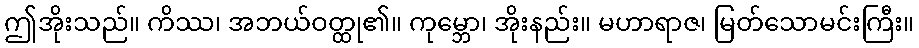
ဤအိုးသည်။ ကိဿ၊ အဘယ်ဝတ္ထု၏။ ကုမ္ဘော၊ အိုးနည်း။ မဟာရာဇ၊ မြတ်သောမင်းကြီး။